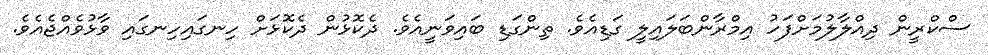
ސްކްރީން ދިއްލާލުމަށްފަހު އިމްރާންބަލައިލީ ގަޑިއެވެ. ތިންގަޑި ބައިވަނީއެވެ. ދެކޮޅުން ދެކޮޅަށް ހިނގައިހިނގައި ވާޅުވެއްޖެއެވެ.